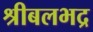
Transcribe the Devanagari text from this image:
श्रीबलभद्र